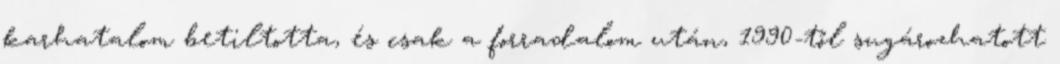
karhatalom betiltotta, és csak a forradalom után, 1990-től sugározhatott